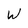
Character: W